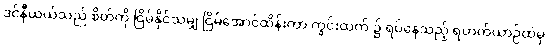
ဒင်နီယယ်သည် စိတ်ကို ငြိမ်နိုင်သမျှ ငြိမ်အောင်ထိန်းကာ ကွင်းထက် ၌ ရပ်နေသည့် ရဟတ်ယာဉ်ထဲမှ